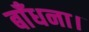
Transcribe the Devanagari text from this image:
बाँधना।